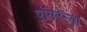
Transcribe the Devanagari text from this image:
पॉमरेन्या